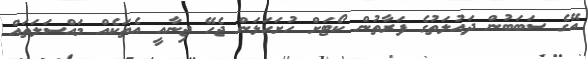
އޭގެ ސަބަބުން ދައުލަތުގެ ފަރާތުން ކޯޓަށް ހުށަހަޅަން ޖެހޭ ޖިނާއީ އެތަކެއް މައްސަލަތައް